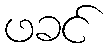
ဖခင်